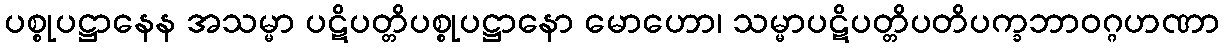
ပစ္စုပဋ္ဌာနေန အသမ္မာ ပဋိပတ္တိပစ္စုပဋ္ဌာနော မောဟော၊ သမ္မာပဋိပတ္တိပတိပက္ခဘာဝဂ္ဂဟဏာ